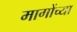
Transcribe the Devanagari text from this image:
मागोंच्या